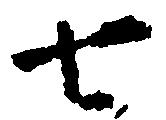
七